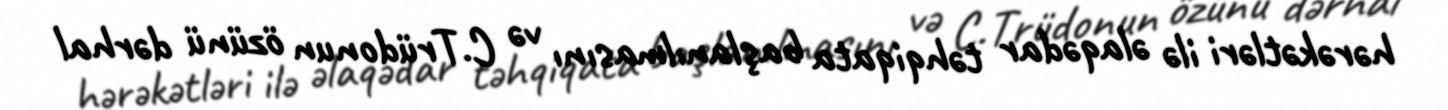
hərəkətləri ilə əlaqədar təhqiqata başlanılmasını və C.Trüdonun özünü dərhal